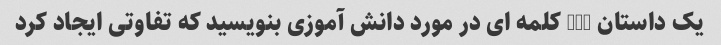
یک داستان 100 کلمه ای در مورد دانش آموزی بنویسید که تفاوتی ایجاد کرد